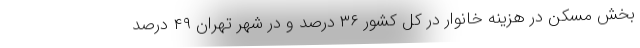
بخش مسکن در هزینه خانوار در کل کشور ۳۶ درصد و در شهر تهران ۴۹ درصد